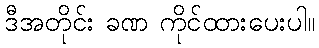
ဒီအတိုင်း ခဏ ကိုင်ထားပေးပါ။